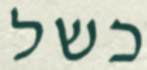
כשל